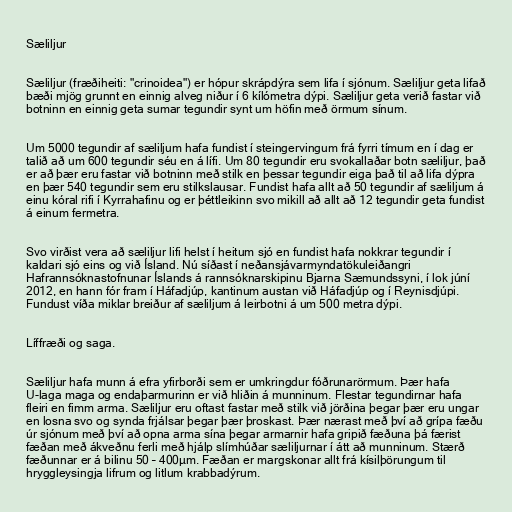
Sæliljur

Sæliljur (fræðiheiti: "crinoidea") er hópur skrápdýra sem lifa í sjónum. Sæliljur geta lifað
bæði mjög grunnt en einnig alveg niður í 6 kílómetra dýpi. Sæliljur geta verið fastar við
botninn en einnig geta sumar tegundir synt um höfin með örmum sínum.

Um 5000 tegundir af sæliljum hafa fundist í steingervingum frá fyrri tímum en í dag er
talið að um 600 tegundir séu en á lífi. Um 80 tegundir eru svokallaðar botn sæliljur, það
er að þær eru fastar við botninn með stilk en þessar tegundir eiga það til að lifa dýpra
en þær 540 tegundir sem eru stilkslausar. Fundist hafa allt að 50 tegundir af sæliljum á
einu kóral rifi í Kyrrahafinu og er þéttleikinn svo mikill að allt að 12 tegundir geta fundist
á einum fermetra.

Svo virðist vera að sæliljur lifi helst í heitum sjó en fundist hafa nokkrar tegundir í
kaldari sjó eins og við Ísland. Nú síðast í neðansjávarmyndatökuleiðangri
Hafrannsóknastofnunar Íslands á rannsóknarskipinu Bjarna Sæmundssyni, í lok júní
2012, en hann fór fram í Háfadjúp, kantinum austan við Háfadjúp og í Reynisdjúpi.
Fundust víða miklar breiður af sæliljum á leirbotni á um 500 metra dýpi.

Líffræði og saga.

Sæliljur hafa munn á efra yfirborði sem er umkringdur fóðrunarörmum. Þær hafa
U-laga maga og endaþarmurinn er við hliðin á munninum. Flestar tegundirnar hafa
fleiri en fimm arma. Sæliljur eru oftast fastar með stilk við jörðina þegar þær eru ungar
en losna svo og synda frjálsar þegar þær þroskast. Þær nærast með því að grípa fæðu
úr sjónum með því að opna arma sína þegar armarnir hafa gripið fæðuna þá færist
fæðan með ákveðnu ferli með hjálp slímhúðar sæliljurnar í átt að munninum. Stærð
fæðunnar er á bilinu 50 – 400µm. Fæðan er margskonar allt frá kísilþörungum til
hryggleysingja lifrum og litlum krabbadýrum.